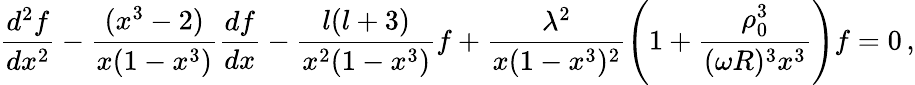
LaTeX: \frac{d^{2}f}{dx^{2}}-\frac{(x^{3}-2)}{x(1-x^{3})}\frac{df}{dx}-\frac{l(l+3)}{x^{2}(1-x^{3})}f+\frac{\lambda^{2}}{x(1-x^{3})^{2}}\left(1+\frac{\rho_{0}^{3}}{(\omega R)^{3}x^{3}}\right)f=0\, ,